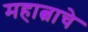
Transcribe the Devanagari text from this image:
महात्वाचे